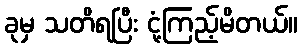
ခုမှ သတိရပြီး ငုံ့ကြည့်မိတယ်။